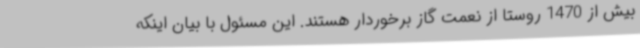
بیش از 1470 روستا از نعمت گاز برخوردار هستند. این مسئول با بیان اینکه